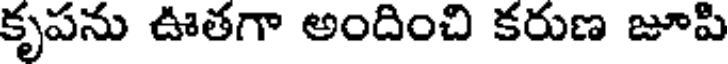
కృపను ఊతగా అందించి కరుణ జూపి